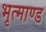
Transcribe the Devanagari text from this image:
भृत्माण्ड